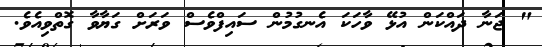
" ޖަނާ ދައްކަން އުޅޭ ވާހަކަ އެނގުމުން ސައިފްވެސް ވަރަށް ގަޔާވާ ގޮތްވިއެވެ.